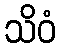
သိဝံ